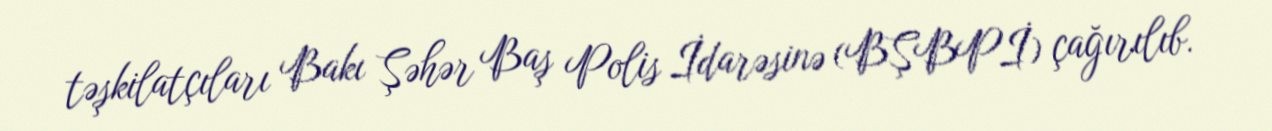
təşkilatçıları Bakı Şəhər Baş Polis İdarəsinə (BŞBPİ) çağırılıb.